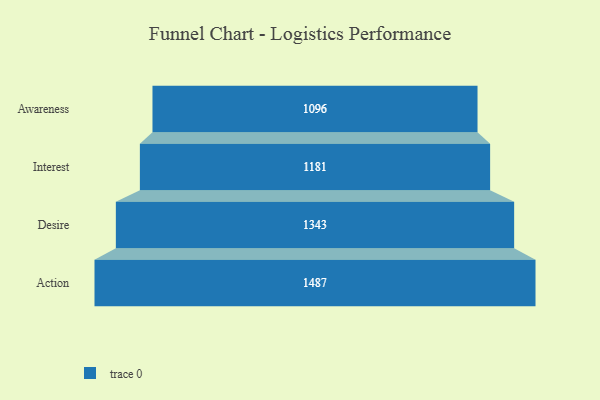
{"axis": {"x": "Stage", "y": "Value"}, "legend": [""], "data": [{"x": "Awareness", "y": 1096.0, "type": ""}, {"x": "Interest", "y": 1181.0, "type": ""}, {"x": "Desire", "y": 1343.0, "type": ""}, {"x": "Action", "y": 1487.0, "type": ""}]}